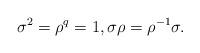
LaTeX: \begin{align*}\sigma^2=\rho^{q}=1, \sigma\rho = \rho^{-1} \sigma.\end{align*}